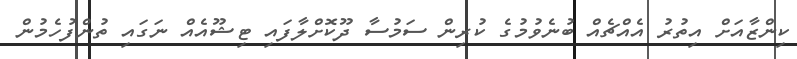
ކިންޒާއަށް އިތުރު އެއްޗެއް ބުނެވުމުގެ ކުރިން ސަމުސާ ދޫކޮށްލާފައި ޓިޝޫއެއް ނަގައި ތުންފުހެމުން